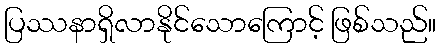
ပြဿနာရှိလာနိုင်သောကြောင့် ဖြစ်သည်။